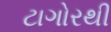
ટાગોરથી